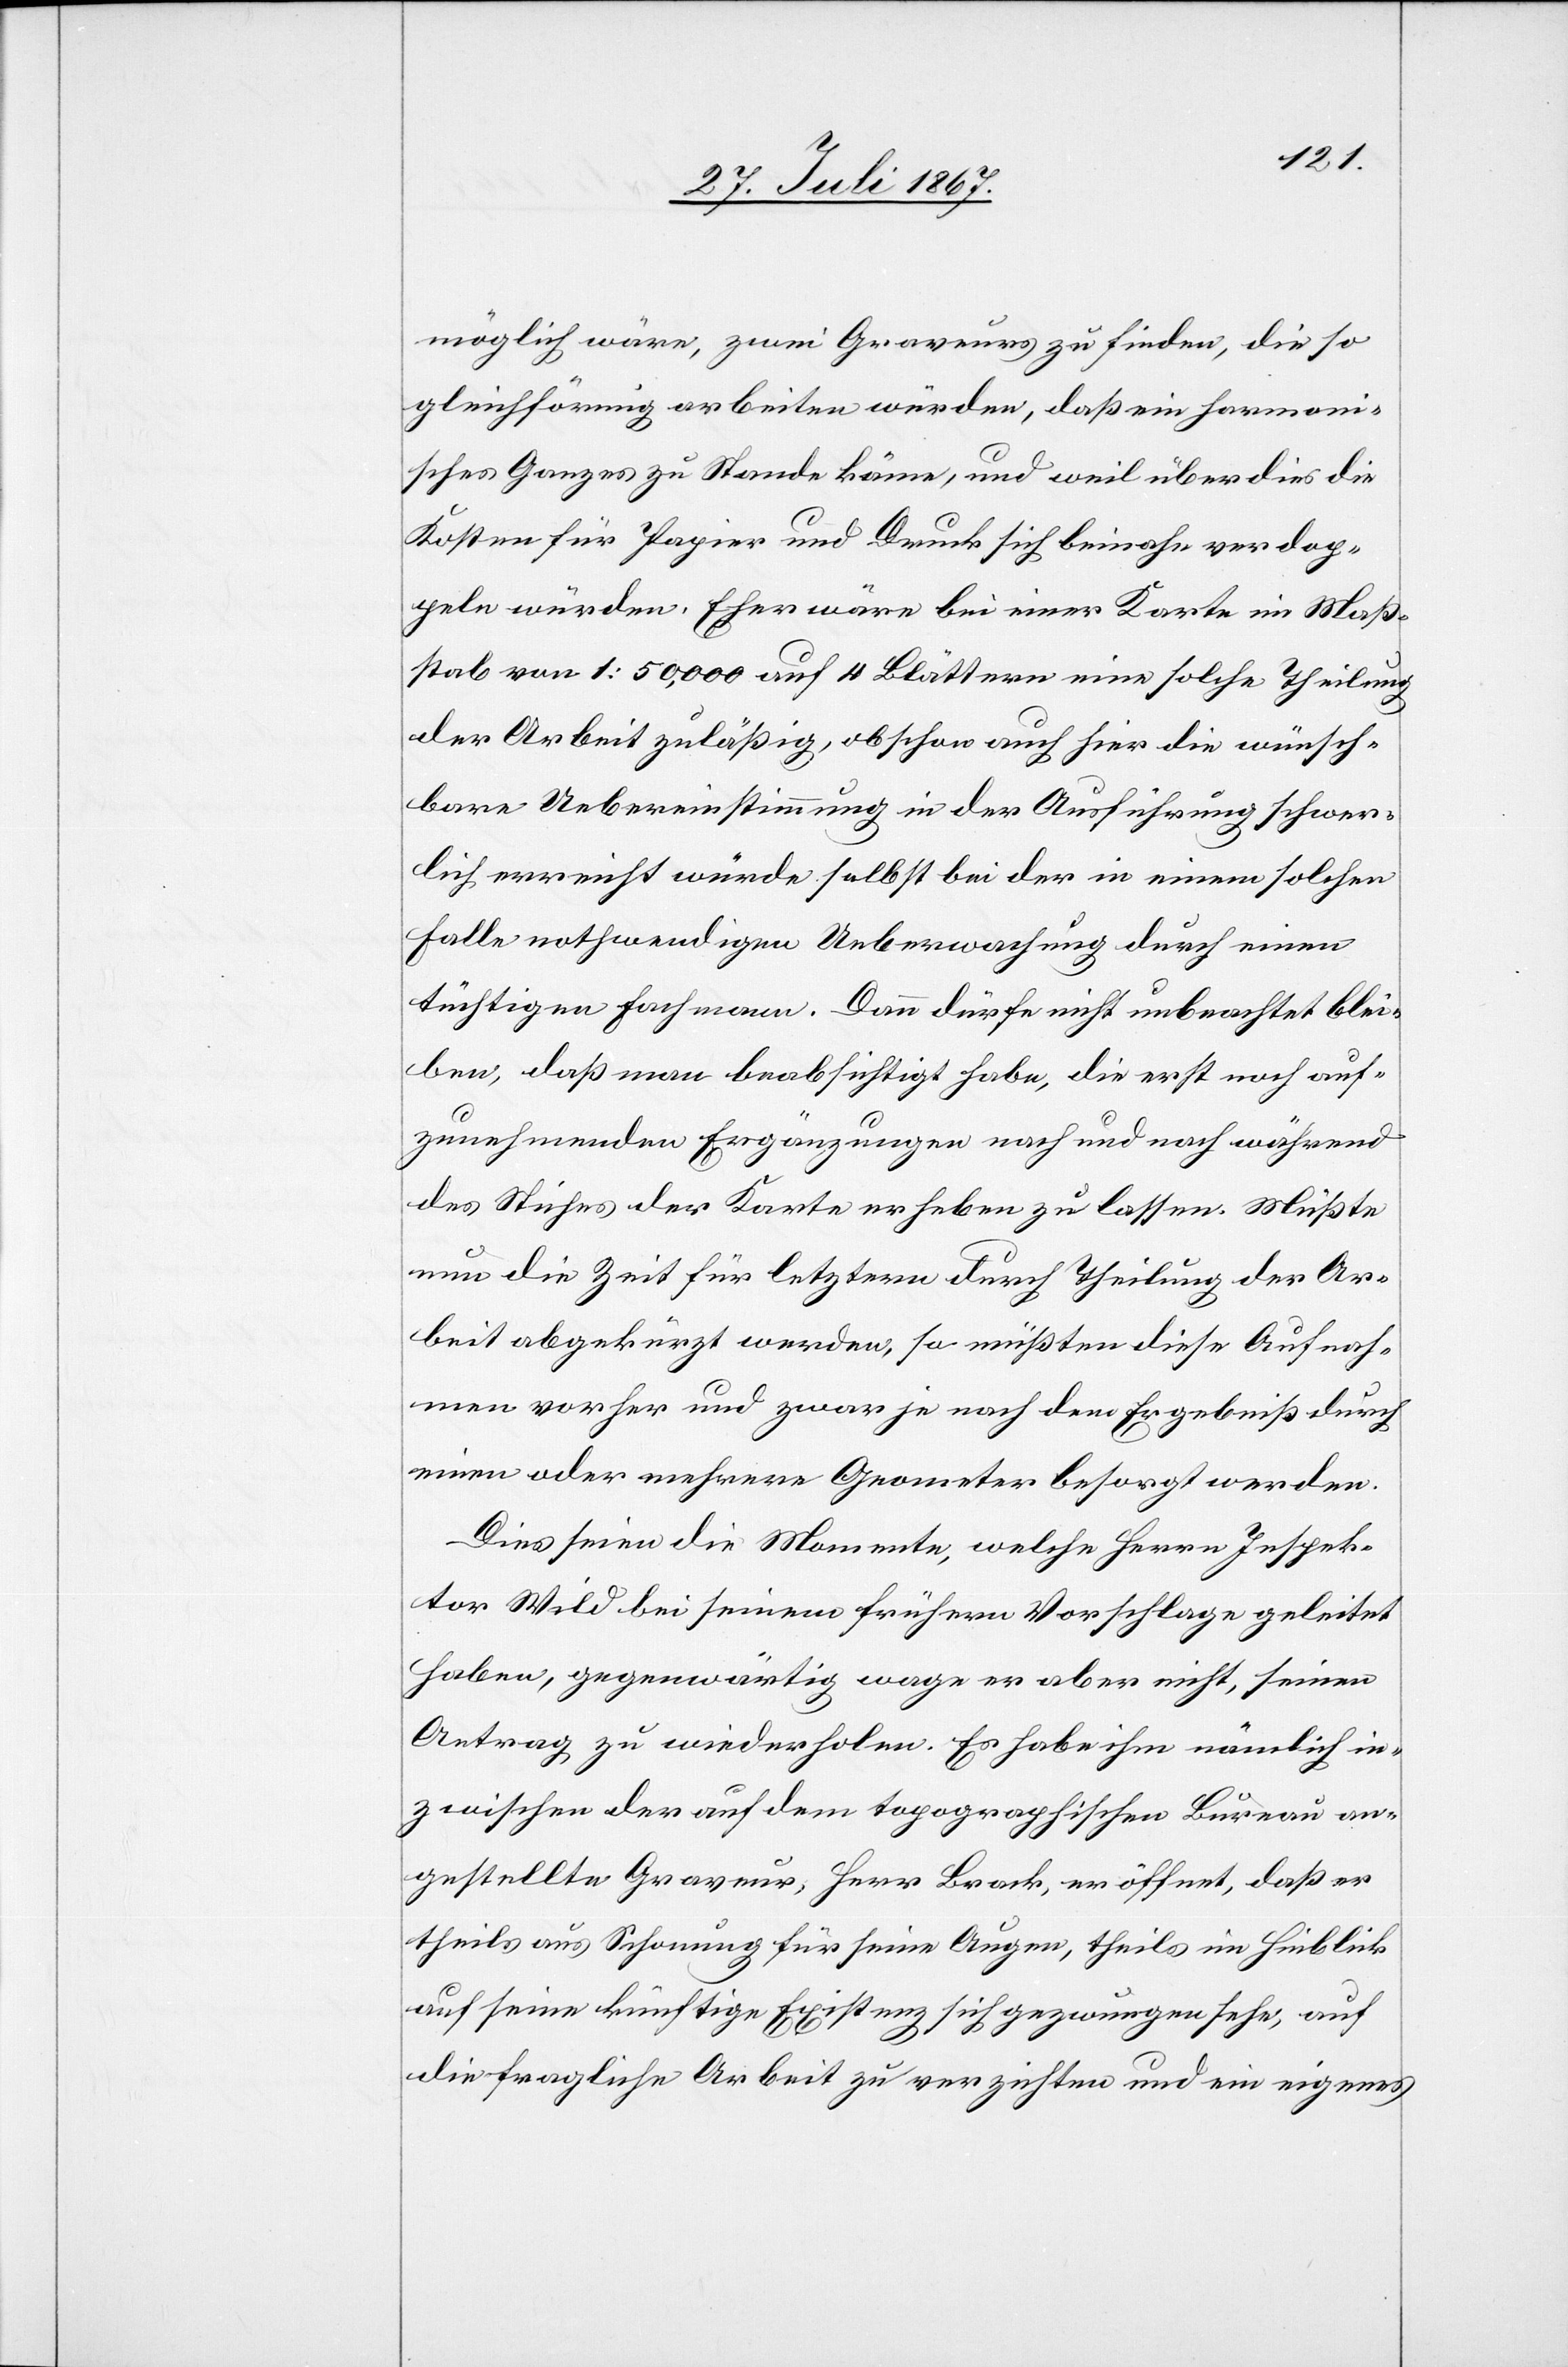
möglich wäre, zwei Graveure zu finden, die so
gleichförmig arbeiten würden, daß ein harmoni¬
sches Ganzes zu Stande käme, und weil überdies die
Kosten für Papier und Druck sich beinahe verdop¬
peln würden. Eher wäre bei einer Karte im Maß¬
stabe von 1:50 000 auf 4 Blättern eine solche Theilung
der Arbeit zuläßig, obschon auch hier die wünsch¬
bare Uebereinstimmung in der Ausführung schwer¬
lich erreicht würde, selbst bei der in einem solchen
Falle nothwendigen Ueberwachung durch einen
tüchtigen Fachmann. Dann dürfe nicht unbeachtet blei¬
ben, daß man beabsichtigt habe, die erst noch auf¬
zunehmenden Ergänzungen nach und nach während
des Stiches der Karte erheben zu lassen. Müßte
nun die Zeit für letztere durch Theilung der Ar¬
beit abgekürzt werden, so müßten diese Aufnah¬
men vorher und zwar je nach dem Ergebniß durch
einen oder mehrere Geometer besorgt werden.
Dies seien die Momente, welche Herrn Inspek¬
tor Wild bei seinem frühern Vorschlage geleitet
haben, gegenwärtig wage er aber nicht, seinen
Antrag zu wiederholen. Es habe ihn nämlich in¬
zwischen der auf dem topographischen Bureau an¬
gestellte Graveur, Herr Brack, eröffnet, daß er
theils aus Schonung für seine Augen, theils im Hinblick
auf seine künftige Existenz sich gezwungen sehe, auf
die fragliche Arbeit zu verzichten und ein eigenes